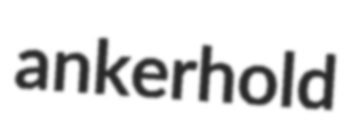
ankerhold